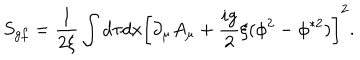
S _ { g f } = \frac { 1 } { 2 \xi } \int d \tau d x \left[ \partial _ { \mu } A _ { \mu } + \frac { i g } { 2 } \xi ( \phi ^ { 2 } - \phi ^ { \ast 2 } ) \right] ^ { 2 } .